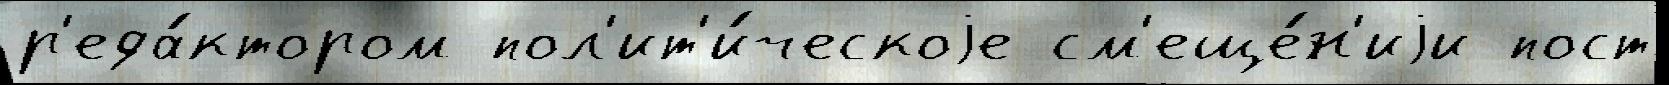
р'еда́ктором пол'ит'и́ческоjе см'еще́н'иjи пост